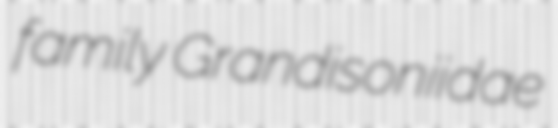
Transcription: family Grandisoniidae